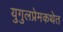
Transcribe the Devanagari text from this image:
युगुलप्रेमकथेत